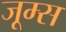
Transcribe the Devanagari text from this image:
जूम्स